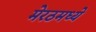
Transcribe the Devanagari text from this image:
मेरठमध्ये